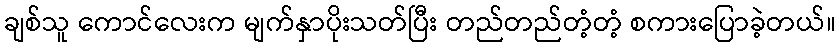
ချစ်သူ ကောင်လေးက မျက်နှာပိုးသတ်ပြီး တည်တည်တံ့တံ့ စကားပြောခဲ့တယ်။